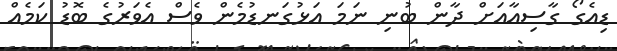
ޑިއެގޯ ގާސިއާއަށް ދާން ބުނި ނަމަ އަޅުގަނޑުމެން ވެސް އެވަރުގެ ބޮޑު ކަމެއް